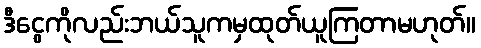
ဒီငွေကိုလည်းဘယ်သူကမှထုတ်ယူကြတာမဟုတ်။